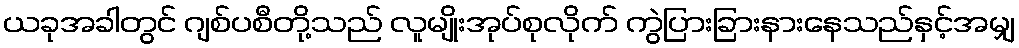
ယခုအခါတွင် ဂျစ်ပစီတို့သည် လူမျိုးအုပ်စုလိုက် ကွဲပြားခြားနားနေသည်နှင့်အမျှ